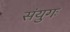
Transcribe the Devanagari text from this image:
संयुगः